Plague in India, 1896, 1897 - Volume 3
Year: 1896
Disease focus: Plague
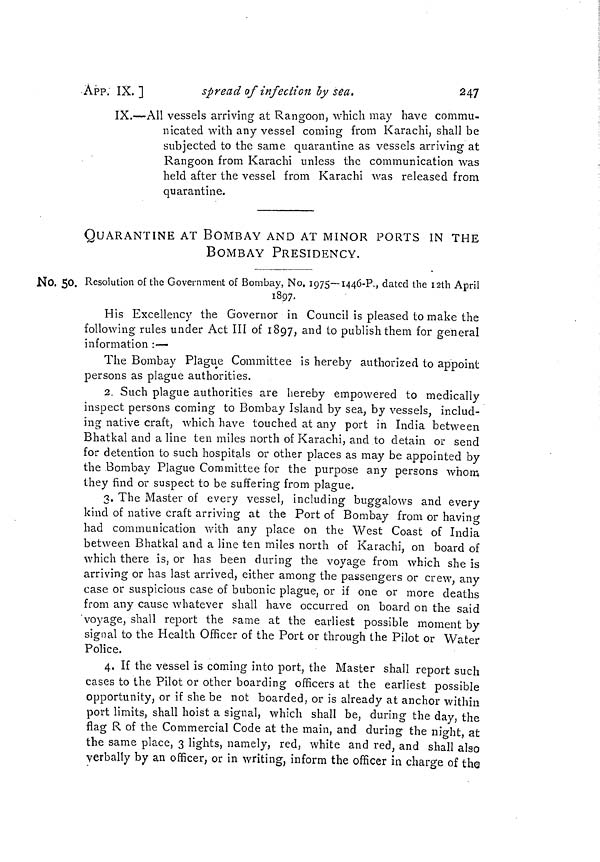
App. IX.]
spread of infection by sea.
247
IX.—All vessels arriving at Rangoon, which may have commu-
nicated with any vessel coming from Karachi, shall be
subjected to the same quarantine as vessels arriving at
Rangoon from Karachi unless the communication was
held after the vessel from Karachi was released from
quarantine.
QUARANTINE AT BOMBAY AND AT MINOR PORTS IN THE
BOMBAY PRESIDENCY.
No. 50. Resolution of the Government of Bombay, No. 1975—1446-?., dated the I2th April
1897.
His Excellency the Governor in Council is pleased to make the
following rules under Act III of 1897, and to publish them for general
information :—
The Bombay Plague Committee is hereby authorized to appoint
persons as plague authorities.
2. Such plague authorities are hereby empowered to medically
inspect persons coming to Bombay Island by sea, by vessels, includ-
ing native craft, which have touched at any port in India between
Bhatkal and a line ten miles north of Karachi, and to detain or send
for detention to such hospitals or other places as may be appointed by
the Bombay Plague Committee for the purpose any persons whom
they find or suspect to be suffering from plague.
3. The Master of every vessel, including buggalows and every
kind of native craft arriving at the Port of Bombay from or having
had communication with any place on the West Coast of India
between Bhatkal and a line ten miles north of Karachi, on board of
which there is, or has been during the voyage from which she is
arriving or has last arrived, either among the passengers or crew, any
case or suspicious case of bubonic plague, or if one or more deaths
from any cause whatever shall have occurred on board on the said
'voyage, shall report the same at the earliest possible moment by
signal to the Health Officer of the Port or through the Pilot or Water
Police.
4. If the vessel is coming into port, the Master shall report such
cases to the Pilot or other boarding officers at the earliest possible
opportunity, or if she be not boarded, or is already at anchor within
port limits, shall hoist a signal, which shall be, during the day, the
flag R of the Commercial Code at the main, and during the night, at
the same place, 3 lights, namely, red, white and red, and shall also
verbally by an officer, or in writing, inform the officer in charge of the